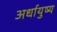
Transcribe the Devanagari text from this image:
अर्धायुष्य